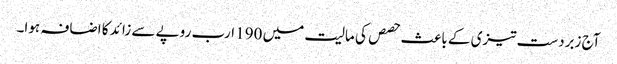
آج زبردست تیزی کے باعث حصص کی مالیت میں 190 ارب روپے سے زائد کا اضافہ ہوا۔